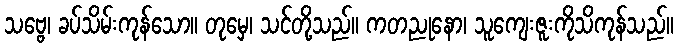
သဗ္ဗေ၊ ခပ်သိမ်းကုန်သော။ တုမှေ၊ သင်တို့သည်။ ကတညုနော၊ သူကျေးဇူးကိုသိကုန်သည်။